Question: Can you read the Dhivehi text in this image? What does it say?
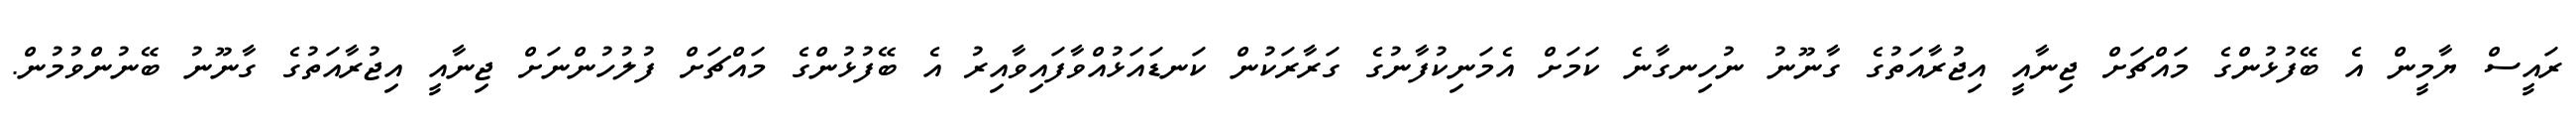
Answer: ރައީސް ޔާމީން އެ ބޭފުޅުންގެ މައްޗަށް ޖިނާއީ އިޖުރާއަތުގެ ގާނޫނު ނުހިނގާނެ ކަމަށް އެމަނިކުފާނުގެ ގަރާރަކުން ކަނޑައަޅުއްވާފައިވާއިރު އެ ބޭފުޅުންގެ މައްޗަށް ފުލުހުންނަށް ޖިނާއީ އިޖުރާއަތުގެ ގާނޫނު ބޭނުންވުމުން.